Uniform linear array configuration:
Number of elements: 64
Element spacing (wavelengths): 0.25
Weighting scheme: uniform
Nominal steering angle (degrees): -15
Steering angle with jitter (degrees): -13.297
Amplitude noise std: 0.05
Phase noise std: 0.05

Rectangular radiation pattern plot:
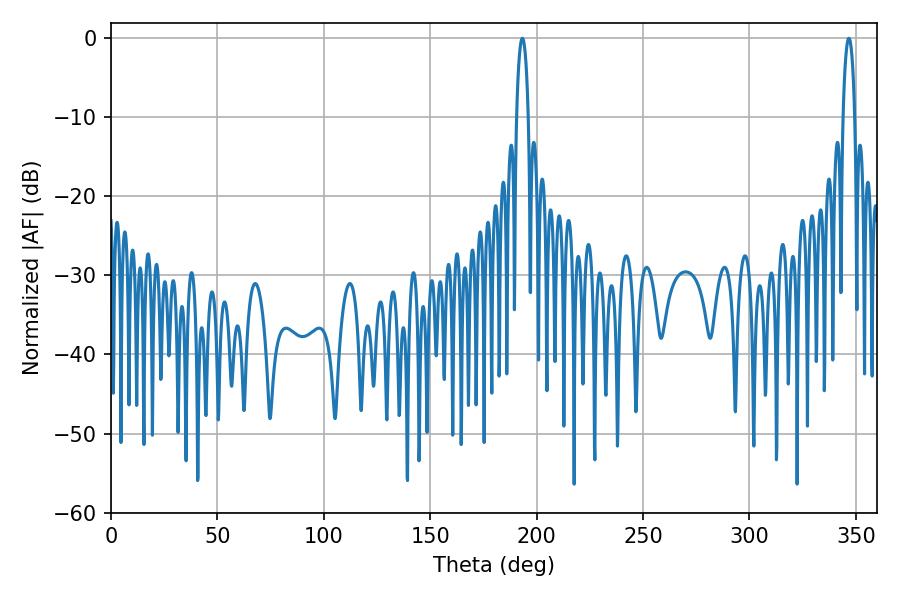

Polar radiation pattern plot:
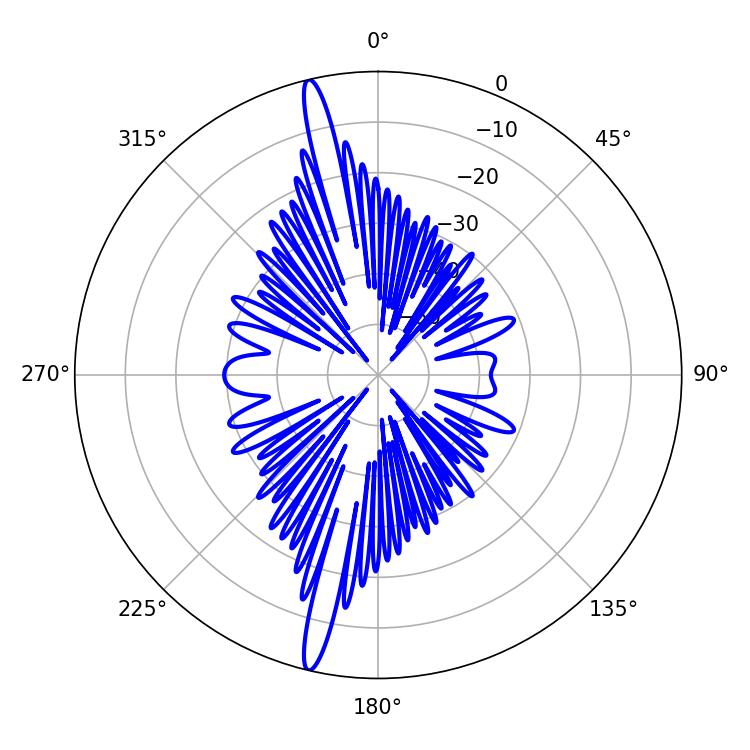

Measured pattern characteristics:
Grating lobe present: FALSE
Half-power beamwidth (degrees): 3.06
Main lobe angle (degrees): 193.32